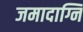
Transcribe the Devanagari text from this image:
जमादाग्नि